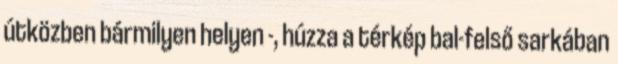
útközben bármilyen helyen -, húzza a térkép bal-felső sarkában